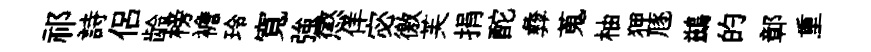
祁詩侣龄榜襜玲寬強懲佯宓徼芙捐酡彜蒐柚狎豗鷀的鄣重